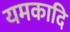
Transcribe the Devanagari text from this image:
यमकादि